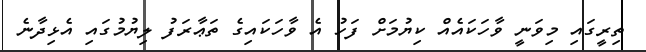
ތިރީގައި މިވަނީ ވާހަކައެއް ކިޔުމަށް ފަހު އެ ވާހަކައިގެ ތަޢާރަފު ލިޔުމުގައި އެޅިދާނެ